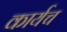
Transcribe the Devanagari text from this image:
कार्यच